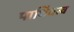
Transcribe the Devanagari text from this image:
पार्थिवत्व